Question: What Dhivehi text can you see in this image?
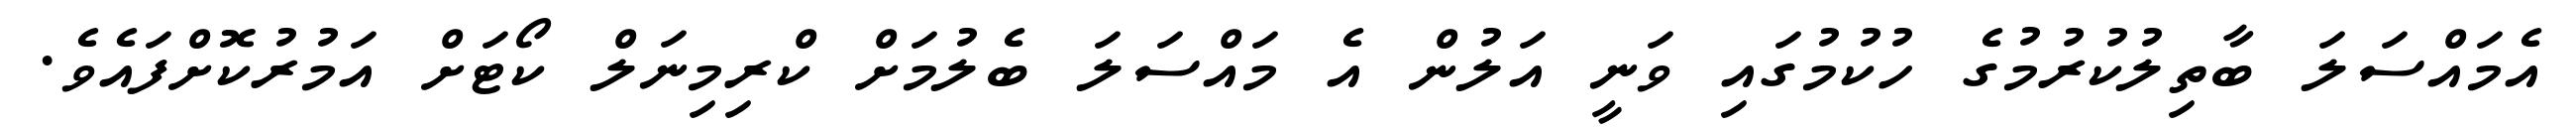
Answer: އެމައްސަލަ ބާތިލުކުރުމުގެ ހުކުމުގައި ވަނީ އަލުން އެ މައްސަލަ ބެލުމަށް ކްރިމިނަލް ކޯޓަށް އަމުރުކޮށްފައެވެ.